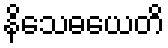
နိသေဓယေတိ